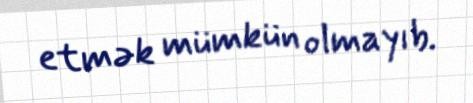
etmək mümkün olmayıb.